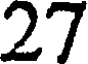
27